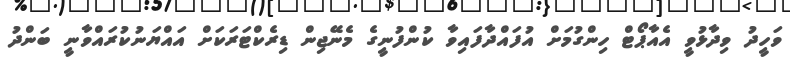
ވަހީދު ވިދާޅުވީ އެއާޕޯޓް ހިންގުމަށް އުފައްދާފައިވާ ކުންފުނީގެ މެނޭޖިން ޑިރެކްޓަރަކަށް އައްޔަނުކުރައްވާނީ ބަންދު